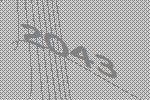
2043